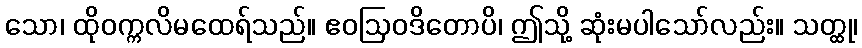
သော၊ ထိုဝက္ကလိမထေရ်သည်။ ဧဝဩဝဒိတောပိ၊ ဤသို့ ဆုံးမပါသော်လည်း။ သတ္ထု၊